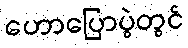
ဟောပြောပွဲတွင်